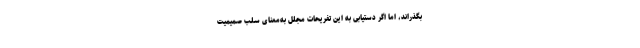
بگذراند، اما اگر دستیابی به این تفریحات مجلل به‌معنای سلب صمیمیت